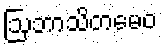
ဩဘာသိတမေဝ